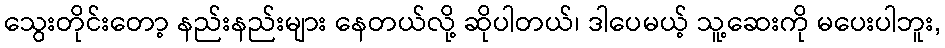
သွေးတိုင်းတော့ နည်းနည်းများ နေတယ်လို့ ဆိုပါတယ်၊ ဒါပေမယ့် သူ့ဆေးကို မပေးပါဘူး,